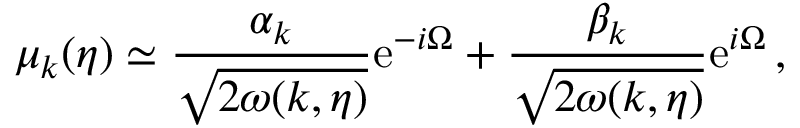
\mu _ { k } ( \eta ) \simeq \frac { \alpha _ { k } } { \sqrt { 2 \omega ( k , \eta ) } } \mathrm { e } ^ { - i \Omega } + \frac { \beta _ { k } } { \sqrt { 2 \omega ( k , \eta ) } } \mathrm { e } ^ { i \Omega } \, ,